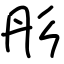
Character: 彤